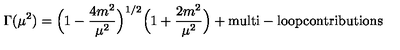
\Gamma ( \mu ^ { 2 } ) = \Bigl ( 1 - \frac { 4 m ^ { 2 } } { \mu ^ { 2 } } \Bigr ) ^ { 1 / 2 } \Bigl ( 1 + \frac { 2 m ^ { 2 } } { \mu ^ { 2 } } \Bigr ) + \mathrm { m u l t i - l o o p c o n t r i b u t i o n s }